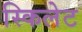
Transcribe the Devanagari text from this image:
स्किलेट